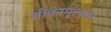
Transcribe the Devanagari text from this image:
जीवनमूल्यांवर